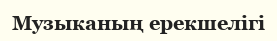
Музыканың ерекшелiгi